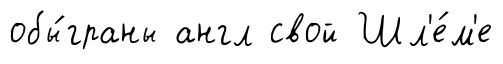
обы́граны англ свой Шл'е́м'е